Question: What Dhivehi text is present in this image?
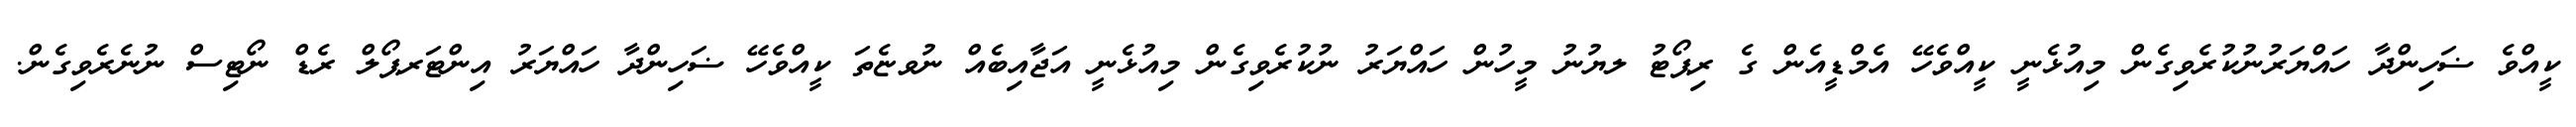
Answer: ކީއްވެ ޟަހިންދާ ހައްޔަރުނުކުރެވިގެން މިއުޅެނީ ކީއްވެހޭ އެމްޑީއެން ގެ ރިޕޯޓު ލޔުނު މީހުން ހައްޔަރު ނުކުރެވިގެން މިއުޅެނީ އަޖާއިބެއް ނުވޏެތަ ކީއްވެހޭ ޟަހިންދާ ހައްޔަރު އިންޓަރޕޯލް ރެޑް ނޯޓިސް ނުނެރެވިގެން.